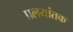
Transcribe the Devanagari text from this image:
प्रलयांतक